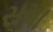
સમા